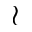
\wr